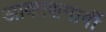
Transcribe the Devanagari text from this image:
आकाशमार्गी